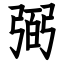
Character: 弼